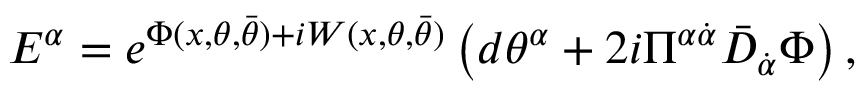
{ E } ^ { { \alpha } } = e ^ { \Phi ( x , \theta , \bar { \theta } ) + i W ( x , \theta , \bar { \theta } ) } \left( d { \theta } ^ { \alpha } + { 2 i } \Pi ^ { \alpha \dot { \alpha } } \bar { D } _ { \dot { \alpha } } \Phi \right) ,